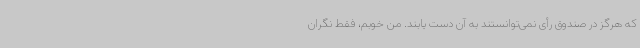
که هرگز در صندوق رأی نمی‌توانستند به آن دست یابند. من خوبم، فقط نگران